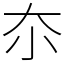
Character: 夵